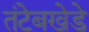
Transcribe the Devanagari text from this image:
तंटेबखेडे